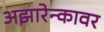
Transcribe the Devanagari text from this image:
अझारेन्कावर